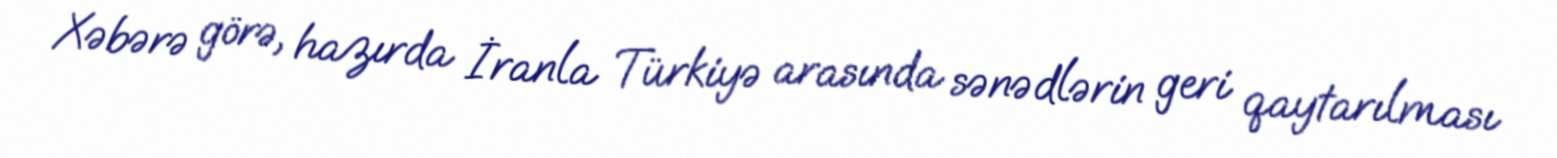
Xəbərə görə, hazırda İranla Türkiyə arasında sənədlərin geri qaytarılması